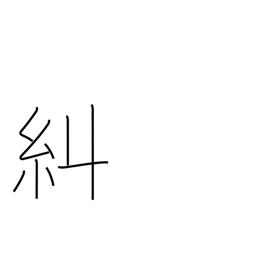
Meaning: verify